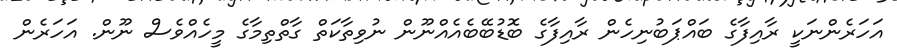
އަހަރެންނަކީ ރާއިފާގެ ބައްޕަބުނިހެން ރާއިފާގެ ބޮޑުބޭބެއެއްނޫން ނުވިތާކަތް ގާތްތިމާގެ މީހެއްވެސް ނޫން. އަހަރެން